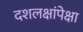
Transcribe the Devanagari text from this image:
दशलक्षांपेक्षा